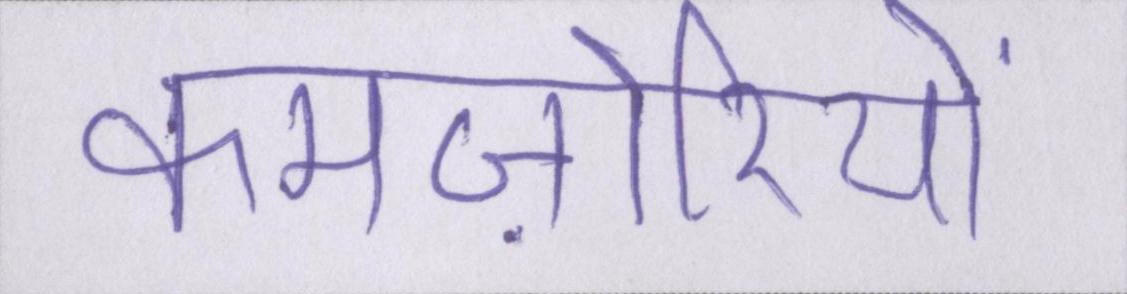
कमज़ोरियों